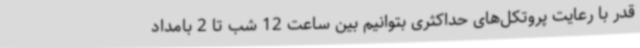
قدر با رعایت پروتکل‌های حداکثری بتوانیم بین ساعت 12 شب تا 2 بامداد